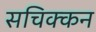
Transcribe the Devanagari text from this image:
सचिक्‍कन